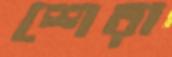
শেরা